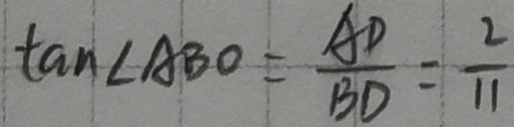
\tan \angle A B O = \frac { A D } { B D } = \frac { 2 } { 1 1 }